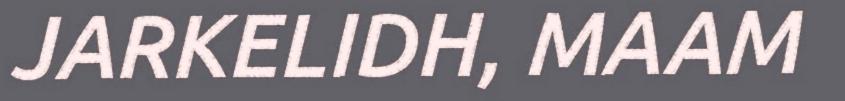
JARKELIDH, MAAM